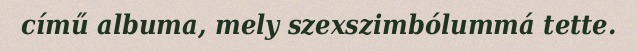
című albuma, mely szexszimbólummá tette.